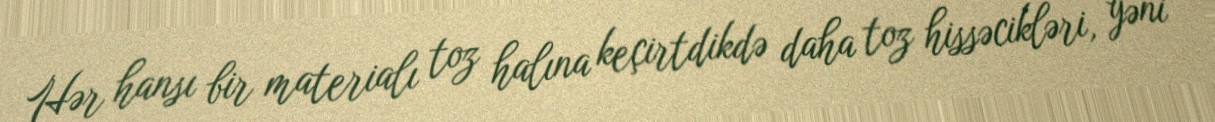
Hər hansı bir materialı toz halına keçirtdikdə daha toz hissəcikləri, yəni